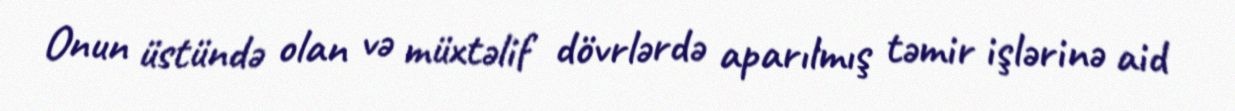
Onun üstündə olan və müxtəlif dövrlərdə aparılmış təmir işlərinə aid